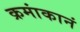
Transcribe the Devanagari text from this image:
क्रमांकानं